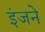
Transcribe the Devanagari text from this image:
इंजने